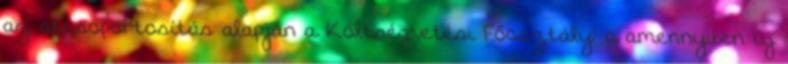
az átcsoportosítás alapján a Költségvetési Főosztály: a amennyiben új